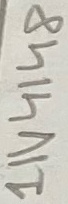
Text: 1N4148